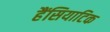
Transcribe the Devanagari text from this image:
हैंसियाटिक